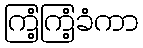
ကြံ့ကြံ့ခံကာ